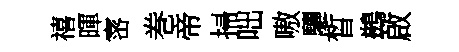
禧暉宻巻帝掃咄嗷驪晳鷀啟